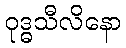
ဝုဒ္ဓသီလိနော